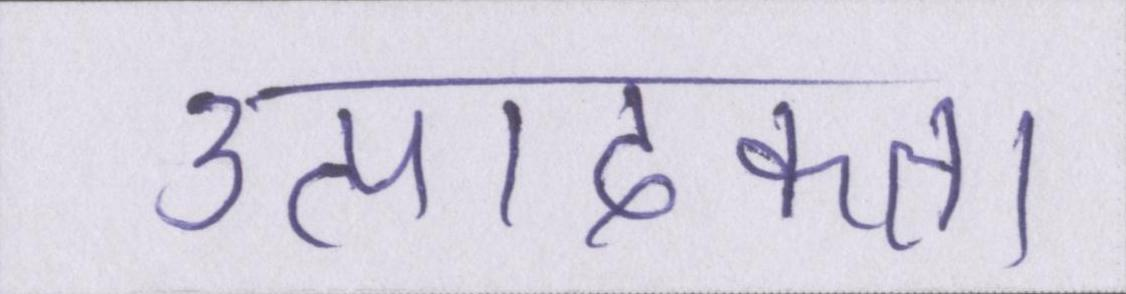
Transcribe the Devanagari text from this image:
उत्पादकता